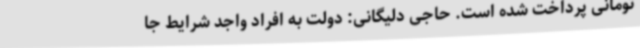
تومانی پرداخت شده است. حاجی دلیگانی: دولت به افراد واجد شرایط جا